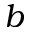
\displaystyle b